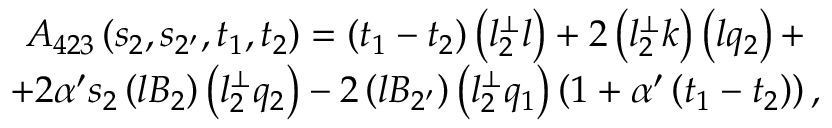
\begin{array} { c } { { A _ { 4 2 3 } \left( s _ { 2 } , s _ { 2 ^ { \prime } } , t _ { 1 } , t _ { 2 } \right) = \left( t _ { 1 } - t _ { 2 } \right) \left( l _ { 2 } ^ { \bot } l \right) + 2 \left( l _ { 2 } ^ { \bot } k \right) \left( l q _ { 2 } \right) + } } \\ { { + 2 \alpha ^ { \prime } s _ { 2 } \left( l B _ { 2 } \right) \left( l _ { 2 } ^ { \bot } q _ { 2 } \right) - 2 \left( l B _ { 2 ^ { \prime } } \right) \left( l _ { 2 } ^ { \bot } q _ { 1 } \right) \left( 1 + \alpha ^ { \prime } \left( t _ { 1 } - t _ { 2 } \right) \right) , } } \end{array}